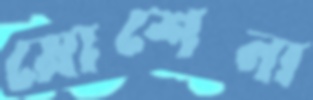
মোশেনা